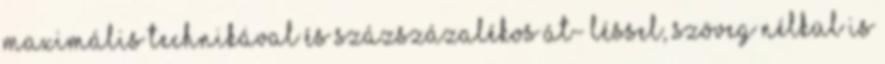
maximális technikával és százszázalékos át- léssel, szöveg nélkül is